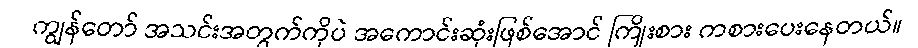
ကျွန်တော် အသင်းအတွက်ကိုပဲ အကောင်းဆုံးဖြစ်အောင် ကြိုးစား ကစားပေးနေတယ်။